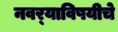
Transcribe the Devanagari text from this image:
नवर्‍याविषयीचे